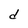
Character: d